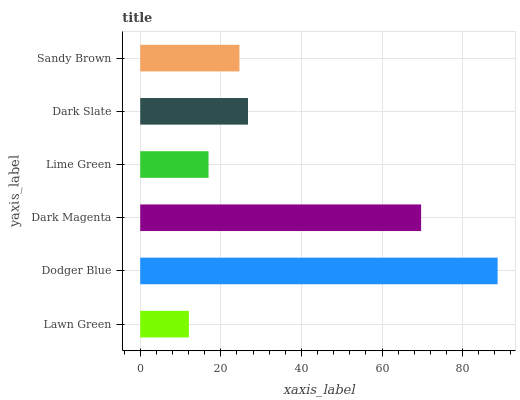
| yaxis_label | bars |
 | --- | --- |
 | Lawn Green | 12.1 |
 | Dodger Blue | 88.7 |
 | Dark Magenta | 69.7 |
 | Lime Green | 17 |
 | Dark Slate | 26.7 |
 | Sandy Brown | 24.6 |